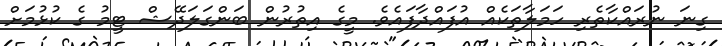
ގިނަ ނުރައްކާތެރި ހަމަލާތަކެއް އުފައްދާފައެވެ. މީގެ އިތުރުން ބަންގަލަދޭޝް ޓީމު ގެ ކުޅުމަށް